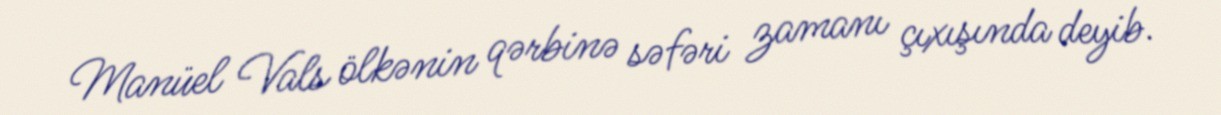
Manüel Vals ölkənin qərbinə səfəri zamanı çıxışında deyib.